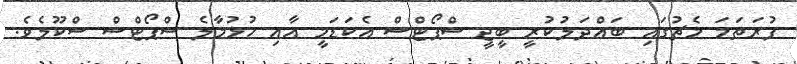
ފުރަތަމަ މެޗުގައި ބައްދަލުކުރީ ބީޖީ ސްޕޯޓްސް އެކަޑަމީ އާއި ހުޅުމާލެ ސްޕޯޓްސް ސްކޫލެވެ.